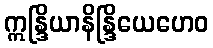
ဣန္ဒြိယာနိန္ဒြိယေဟေဝ